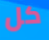
كل